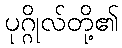
ပုဂ္ဂိုလ်တို့၏